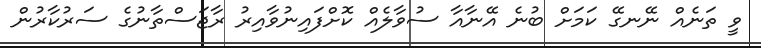
ވީ ތަނެއް ނޭނގޭ ކަމަށް ބުނެ އޭނާއާ ސުވާލެއް ކޮށްފައިނުވާއިރު ރާޖަސްތާނުގެ ސަރުކާރުން